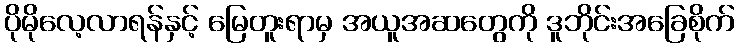
ပိုမိုလေ့လာရန်နှင့် မြေတူးရာမှ အယူအဆတွေကို ဒူဘိုင်းအခြေစိုက်